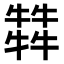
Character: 𤛭